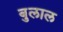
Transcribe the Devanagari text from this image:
बुलाल